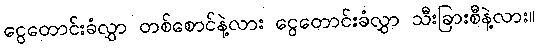
ငွေတောင်းခံလွှာ တစ်စောင်နဲ့လား ငွေတောင်းခံလွှာ သီးခြားစီနဲ့လား။